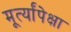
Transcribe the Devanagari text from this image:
मूर्त्यांपेक्षा